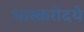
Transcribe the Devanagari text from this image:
भास्करोदये